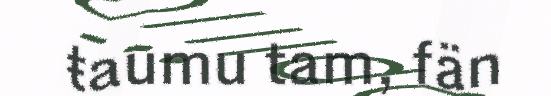
ŧaumu tam, fän